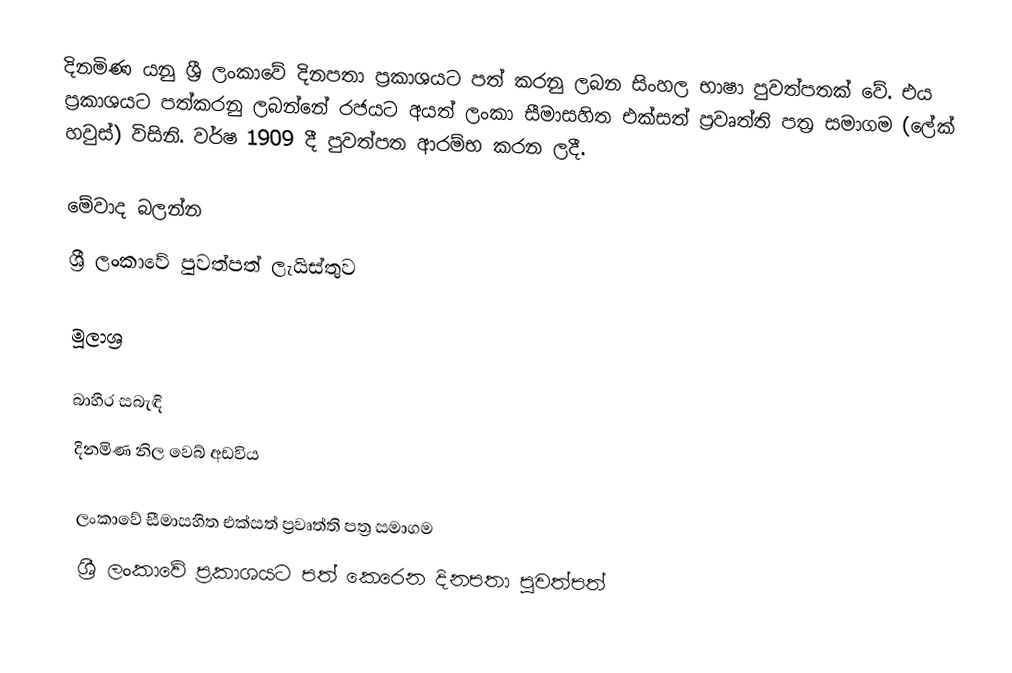
දිනමිණ යනු ශ්‍රී ලංකාවේ දිනපතා ප්‍රකාශයට පත් කරනු ලබන සිංහල භාෂා පුවත්පතක් වේ. එය ප්‍රකාශයට පත්කරනු ලබන්නේ රජයට අයත් ලංකා සීමාසහිත එක්සත් ප්‍රවෘත්ති පත්‍ර සමා‍ගම (ලේක් හවුස්) විසිනි. වර්ෂ 1909 දී පුවත්පත ආරම්භ කරන ලදී.

මේවාද බලන්න
ශ්‍රී ලංකාවේ පුවත්පත් ලැයිස්තුව

මූලාශ්‍ර

බාහිර සබැඳි
 දිනමිණ නිල වෙබ් අඩවිය

ලංකාවේ සීමාසහිත එක්සත් ප්‍රවෘත්ති පත්‍ර සමාගම
ශ්‍රී ලංකාවේ ප්‍රකාශයට පත් කෙරෙන දිනපතා පුවත්පත්